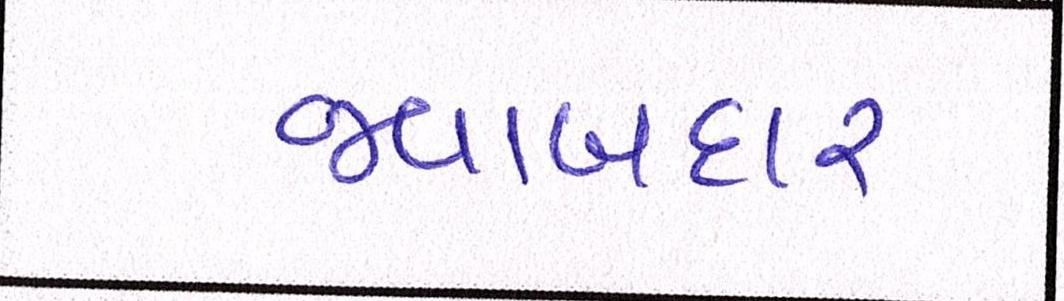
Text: જવાબદાર